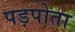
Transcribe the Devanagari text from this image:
पड़पोता